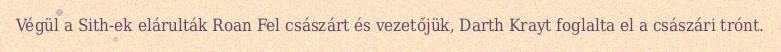
Végül a Sith-ek elárulták Roan Fel császárt és vezetőjük, Darth Krayt foglalta el a császári trónt.